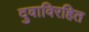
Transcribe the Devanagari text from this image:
दुवाविरहित